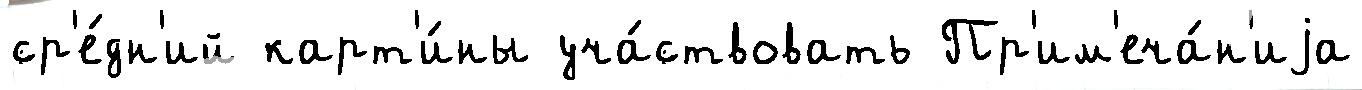
ср'е́дн'ий карт'и́ны уча́ствовать Пр'им'еча́н'иjа